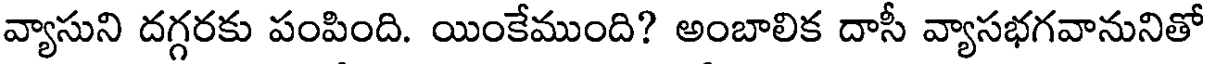
వ్యాసుని దగ్గరకు పంపింది. యింకేముంది? అంబాలిక దాసీ వ్యాసభగవానునితో